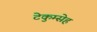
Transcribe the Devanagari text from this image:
टेकुम्सेह